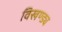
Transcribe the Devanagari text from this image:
विखण्ड्य